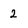
Character: 2